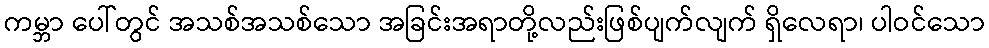
ကမ္ဘာ ပေါ်တွင် အသစ်အသစ်သော အခြင်းအရာတို့လည်းဖြစ်ပျက်လျက် ရှိလေရာ၊ ပါဝင်သော